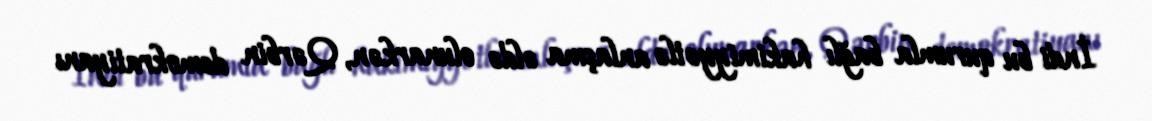
İndi bu qurumla bağlı hakimiyyətlə anlaşma əldə olunarkən, Qərbin demokratiyanı